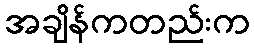
အချိန်ကတည်းက